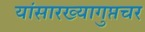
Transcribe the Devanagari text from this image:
यांसारख्यागुप्तचर